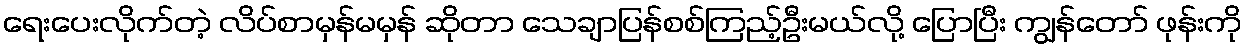
ရေးပေးလိုက်တဲ့ လိပ်စာမှန်မမှန် ဆိုတာ သေချာပြန်စစ်ကြည့်ဦးမယ်လို့ ပြောပြီး ကျွန်တော် ဖုန်းကို